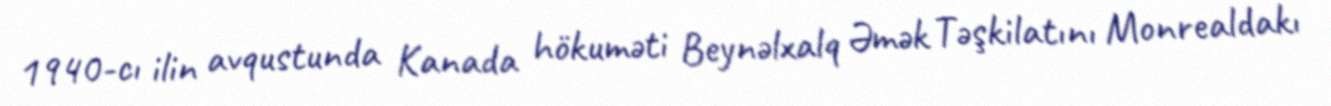
1940-cı ilin avqustunda Kanada hökuməti Beynəlxalq Əmək Təşkilatını Monrealdakı